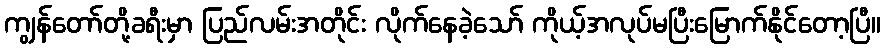
ကျွန်တော်တို့ခရီးမှာ ပြည်လမ်းအတိုင်း လိုက်နေခဲ့သော် ကိုယ့်အလုပ်မပြီးမြောက်နိုင်တော့ပြီ။